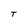
Character: T